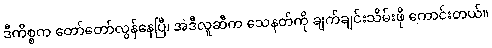
ဒီကိစ္စက တော်တော်လွန်နေပြီ၊ အဲဒီလူဆီက သေနတ်ကို ချက်ချင်းသိမ်းဖို ကောင်းတယ်။